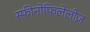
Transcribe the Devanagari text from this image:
स्फीनोफिलेलीज़